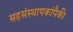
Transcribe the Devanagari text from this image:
सहसंस्थापकांपैकी